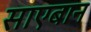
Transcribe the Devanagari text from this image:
साएबान